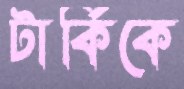
টার্কিকে